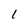
Character: I